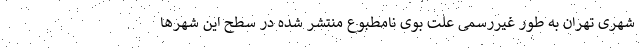
شهری تهران به طور غیررسمی علت بوی نامطبوع منتشر شده در سطح این شهرها